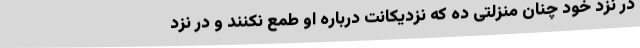
در نزد خود چنان منزلتی ده که نزدیکانت درباره او طمع نکنند و در نزد